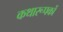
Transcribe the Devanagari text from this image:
कथारूपकों